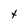
Character: t